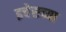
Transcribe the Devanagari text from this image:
इचेसच्या